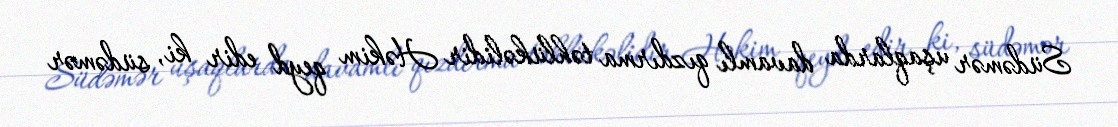
Südəmər uşaqlarda davamlı qızdırma təhlükəlidir Həkim qeyd edir ki, südəmər